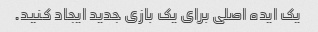
یک ایده اصلی برای یک بازی جدید ایجاد کنید.